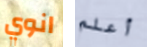
انوي أعلم